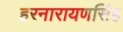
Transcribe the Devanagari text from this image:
हरनारायणसिंह